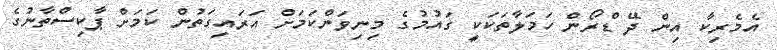
އެމެރިކާ އިން ދޭ ޑްރޯން ހަމަލާތަކަކީ ގައުމުގެ މިނިވަންކަމަށް އަރައިގަތުން ކަމަށް ޕާކިސްތާނުގެ